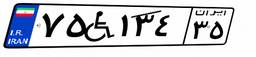
۳۲W۸۸۲۵۰